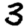
Digit: 3